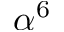
\alpha ^ { 6 }